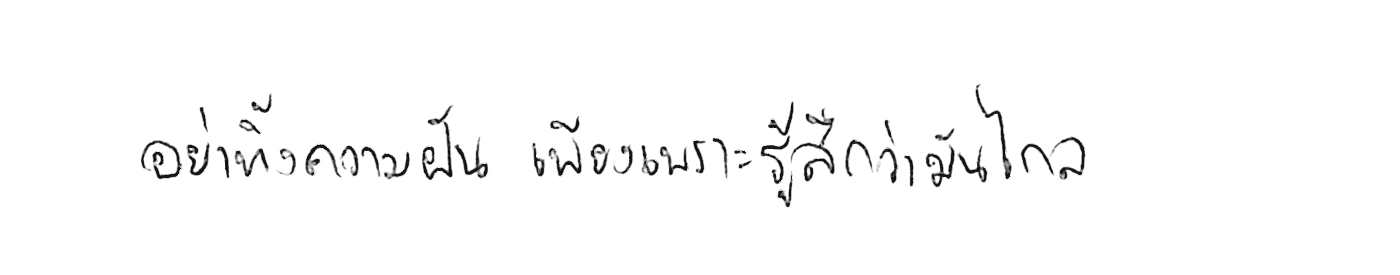
อย่าทิ้งความฝัน เพียงเพราะรู้สึกว่ามันไกล